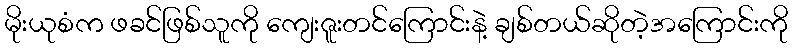
မိုးယုစံက ဖခင်ဖြစ်သူကို ကျေးဇူးတင်ကြောင်းနဲ့ ချစ်တယ်ဆိုတဲ့အကြောင်းကို